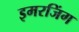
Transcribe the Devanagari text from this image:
इमरजिंग